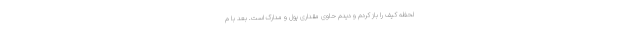
لحظه کیف را باز کردم و دیدم حاوی مقداری پول و مدارک است. بعد با م